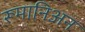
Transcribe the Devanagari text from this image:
रूमानिअन